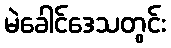
မဲခေါင်ဒေသတွင်း